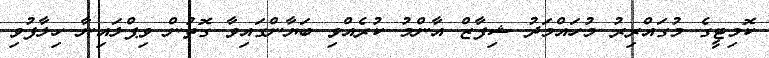
ކޮމިޓީގެ މުގައްރިރު މުހައްމަދު ޝިފާޒް އާންމު ކުރެއްވި ބަޔާންގައިވާ ގޮތުން ވިޕްލައިނާ ހިލާފުވި